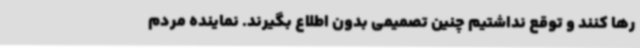
رها کنند و توقع نداشتیم چنین تصمیمی بدون اطلاع بگیرند. نماینده مردم